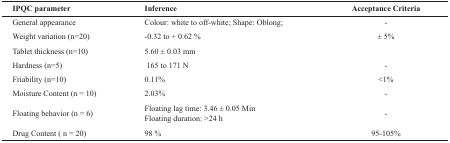
<table><thead><tr><td><b>IPQC parameter</b></td><td><b>Inference</b></td><td><b>Acceptance Criteria</b></td></tr></thead><tbody><tr><td>General appearance</td><td>Colour: white to off-white; Shape: Oblong;</td><td>-</td></tr><tr><td>Weight variation (n=20)</td><td>-0.32 to + 0.62 %</td><td>± 5%</td></tr><tr><td>Tablet thickness (n=10)</td><td>5.60 ± 0.03 mm</td><td></td></tr><tr><td>Hardness (n=5)</td><td> 165 to 171 N</td><td>-</td></tr><tr><td>Friability (n=10)</td><td>0.11%</td><td>&lt;1%</td></tr><tr><td>Moisture Content (n = 10)</td><td>2.03%</td><td>-</td></tr><tr><td>Floating behavior (n = 6)</td><td>Floating lag time: 3.46 ± 0.05 MinFloating duration: &gt;24 h</td><td>-</td></tr><tr><td>Drug Content ( n = 20)</td><td>98 %</td><td>95-105%</td></tr></tbody></table>